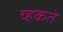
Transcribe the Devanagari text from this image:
च्हकते